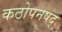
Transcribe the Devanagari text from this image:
कठोपनषद्